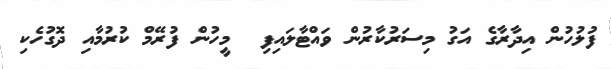
ފުލުހުން އިދާރާގެ އަގު މިސަރުކާރުން ވައްޓާލައިފި  މީހުން ފުރޭމް ކުރުމާއި ދޮގުހެކި